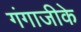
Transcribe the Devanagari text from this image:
गंगाजीके